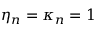
\eta _ { n } = \kappa _ { n } = 1